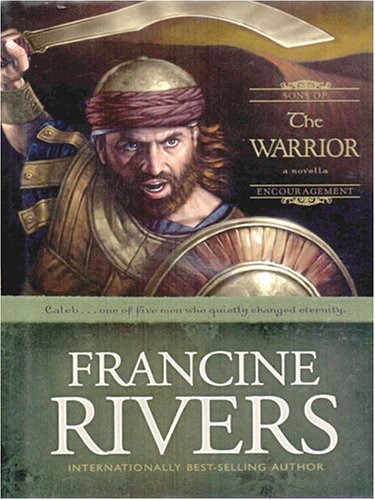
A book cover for The Warrior: Caleb (Sons of Encouragement Series #2); Francine Rivers; Christian Books & Bibles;